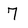
Character: 7